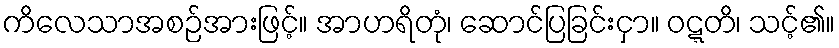
ကိလေသာအစဉ်အားဖြင့်။ အာဟရိတုံ၊ ဆောင်ပြခြင်းငှာ။ ဝဋ္ဋတိ၊ သင့်၏။